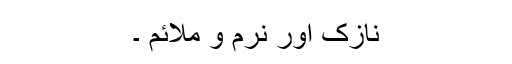
نازک اور نرم و ملائم ۔